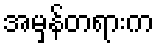
အမှန်တရားက